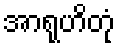
အာရုဟိတုံ